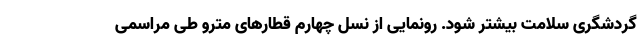
گردشگری سلامت بیشتر شود. رونمایی از نسل چهارم قطارهای مترو طی مراسمی